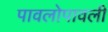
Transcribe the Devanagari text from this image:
पावलोपावली